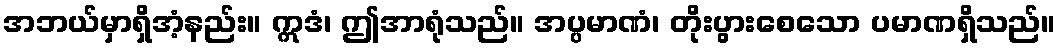
အဘယ်မှာရှိအံ့နည်း။ ဣဒံ၊ ဤအာရုံသည်။ အပ္ပမာဏံ၊ တိုးပွားစေသော ပမာဏရှိသည်။